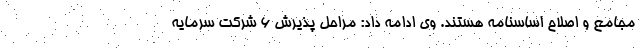
مجامع و اصلاح اساسنامه هستند. وی ادامه داد: مراحل پذیرش 6 شرکت سرمایه